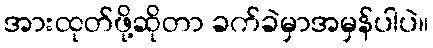
အားထုတ်ဖို့ဆိုတာ ခက်ခဲမှာအမှန်ပါပဲ။